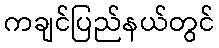
ကချင်ပြည်နယ်တွင်